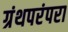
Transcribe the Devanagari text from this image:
ग्रंथपरंपरा